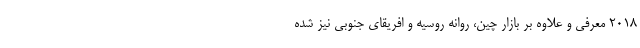
2018 معرفی و علاوه بر بازار چین، روانه روسیه و افریقای جنوبی نیز شده